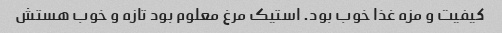
کیفیت و مزه غذا خوب بود. استیک مرغ معلوم بود تازه و خوب هستش